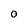
Character: O